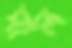
সাল